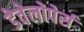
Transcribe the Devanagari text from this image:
डेवेलोपेर्स